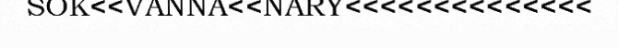
SOK<<VANNA<<NARY<<<<<<<<<<<<<<